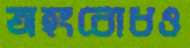
অহংবোধও